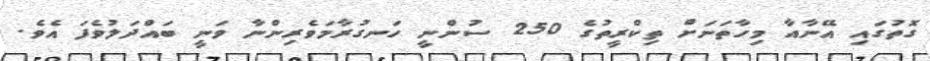
ގޮތުގައި އޭނާއާ މިހާތަނަށް ތިކްރީތުގެ 250 ސުންނީ ހަނގުރާމަވެރިންނާ ވަނީ ބައްދަލުވެފަ އެވެ.